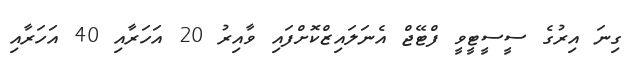
ގިނަ އިރުގެ ސީސީޓީވީ ފްޓޭޖް އެނަލައިޒްކޮށްފައި ވާއިރު 20 އަހަރާއި 40 އަހަރާއި